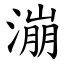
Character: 漰